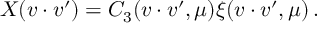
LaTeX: X ( v \cdot v ^ { \prime } ) = C _ { 3 } ( v \cdot v ^ { \prime } , \mu ) \xi ( v \cdot v ^ { \prime } , \mu ) \, .